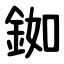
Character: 銣